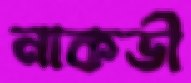
নাকভী